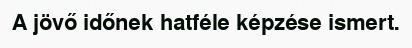
A jövő időnek hatféle képzése ismert.